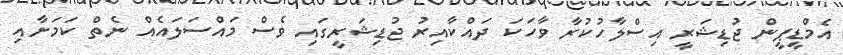
އެމްޑީޕީން ޖުޑިޝަރީ އިސްލާހުކުރާ ވާހަކަ ދައްކާއިރު ޖުޑިޝަރީގައި ވެސް މައްސަލައެއް ނެތް ކަމަށާއި